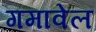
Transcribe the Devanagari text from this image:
गमावेल